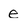
Character: e